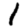
Digit: 1